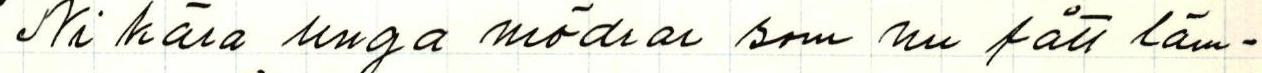
Ni kära unga mödrar som nu fått läm-